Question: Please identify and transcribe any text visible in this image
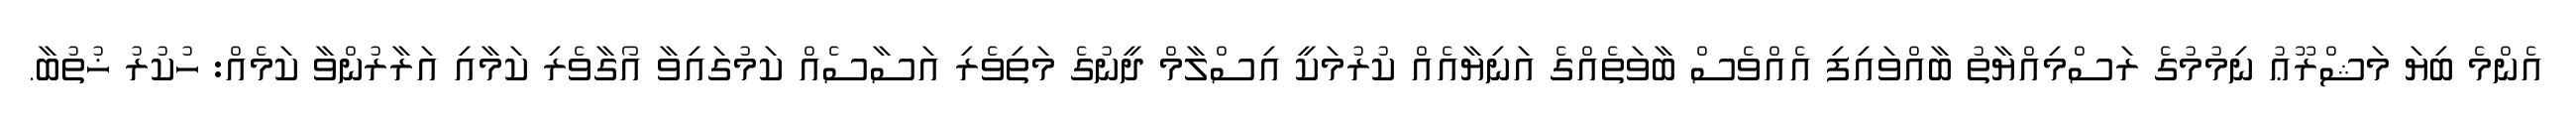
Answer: އެންމެ ބިޔަ މަޝްރޫޢު ނިމުމުގެ ރަސްމިއްޔާތު ބާއްވައިފި އެއްވެސް ބާވަތެއްގެ އަނިޔާއެއް ކުރުމަކީ އިސްލާމް ދީނުގެ މަތިވެރި އަސާސެއް ކަމުގައިވާ އޯގާވެރި ކަމާއި އަރާރުންވާ ކަމެއް: ހުކުރު ޚުތުބާ.